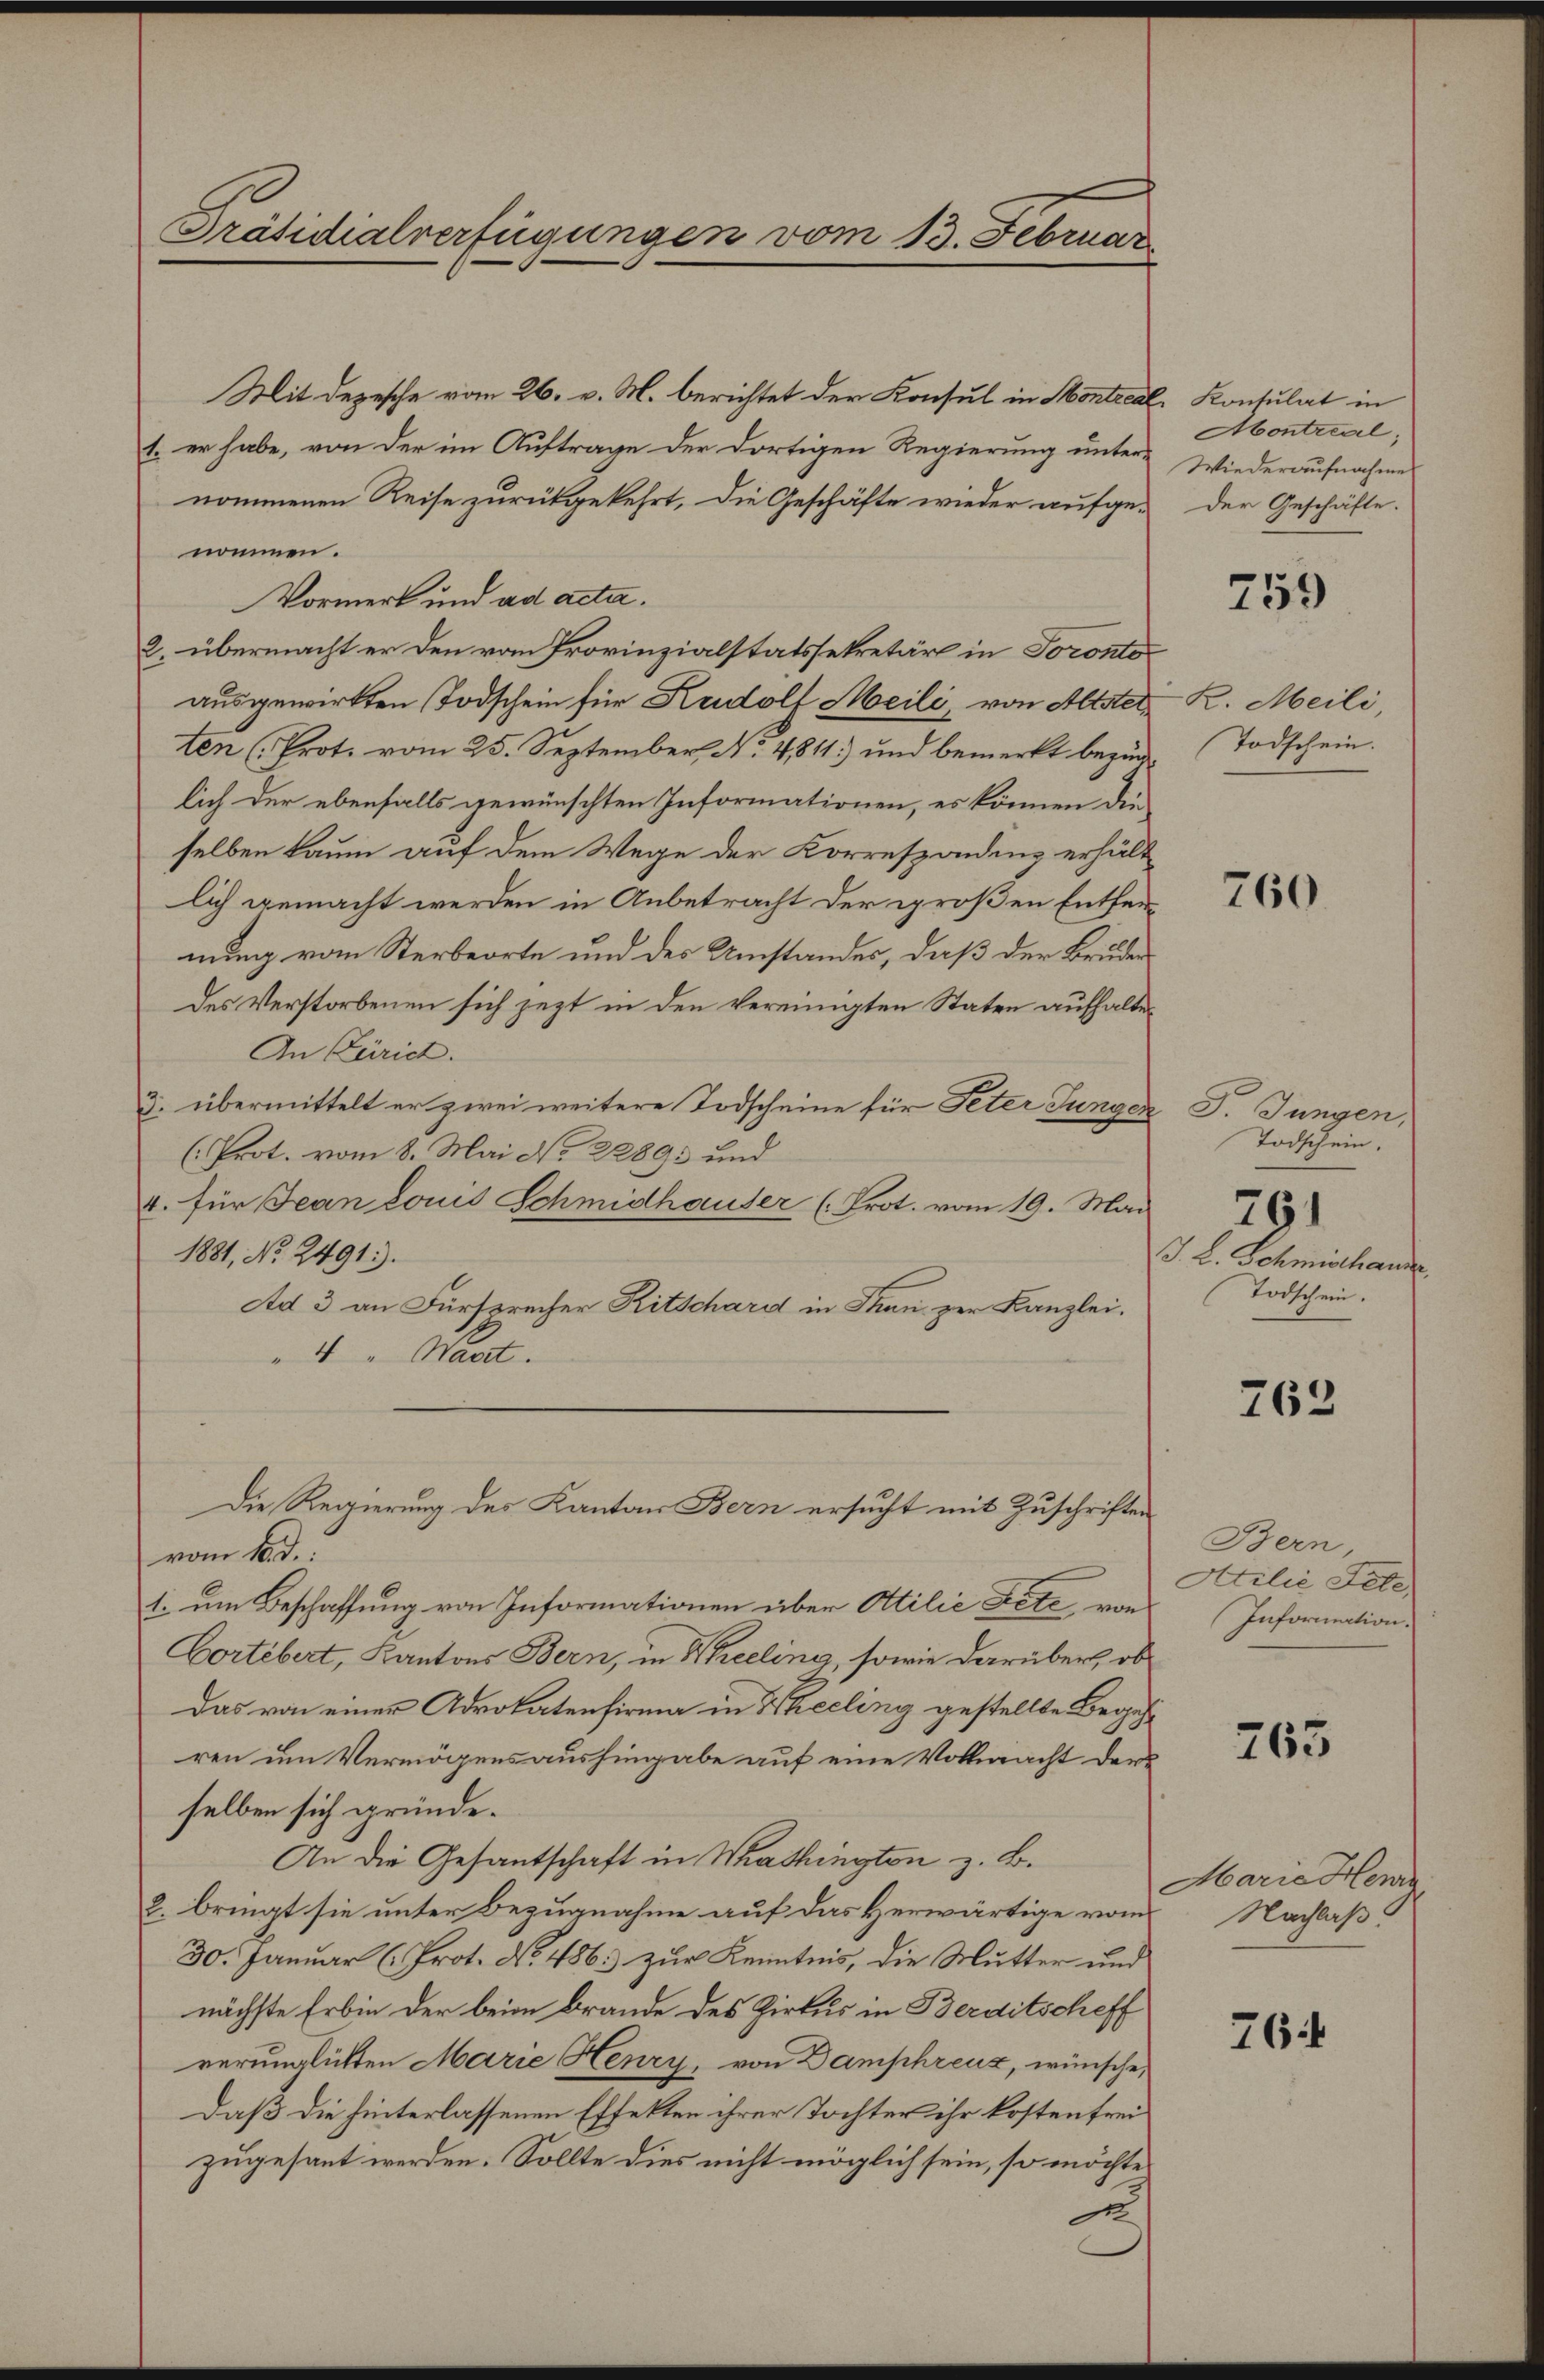
Präsidialverfügungen vom 13. Februar

Mit Depesche vom 26. v. M. berichtet der Konsul in Montreal Konsulat in
1. er habe, von der im Auftrage der dortigen Regierung unter-
nommenen Reise zurückgekehrt, die Geschäfte wieder aufge-
nommen.
Vormerk und ad acta.
2. übermacht er den vom Provinzialstatssekretär in Soronto
ausgewirkten Todschein für Rudolf Meili, von Altstelten (Prot. vom 25. September, No. 4811) und bemerkt bezüg
lich der ebenfalls gewünschten Informationen, es können die
selben kaum auf dem Wege der Korrespondenz erhält
lich gemacht werden in Anbetracht der großen Entfernung vom Sterbeorte und des Umstandes, daß der Bruder
des Verstorbenen sich jezt in den vereinigten Staten aufhalte¬
An Zürich.
3. übermittelt er zwei weitere Todscheine für Peter Jungen
(Prot. vom 8. Mai No 2289 und
4. für Jean Louis Schmidhauser (Prot. vom 19. Mai
1881, No. 2491.
Ad 3 an Fürsprecher Ritschard in Thau zur Kanzlei.
4 " Maert.
Die Regierung des Kanton Bern ersucht mit Zuschriften
vom 16. d.
1. um Beschaffung von Informationen über Attilie Letz von
Cortebert, Kantons Bern, in Kheeling, sowie darüber, ob
Das von einer Advokatenfirma in Heceling gestellte Begehren um Vermögensaushingabe auf eine Vollmacht der
selben sich gründe.
An die Gesantschaft in Washington z. B.
2. bringt sie unter Bezugnahme auf das Herwärtige vom
30. Januar (Prot. No. 486. zur Kenntnis, die Mutter und
nächste Erbin der beim Brande des Zirkus in Berditscheff
rerunglükten Marie Henry, von Damphreux, wünsche,
daß die hinterlassenen Effekten ihrer Tochter ihr kostenfreizugesant werden. Sollte dies nicht möglich sein, so möchte
d

Abontreal;
Wiederaufnahme
der Geschäfte.

759

K. Meili
Todschein.

760

G. Jungen,
Todschein.
J. L. Schmidhause
Todschein.

761

762

Bern,
Atilie Tele
Information.

763

Marie Henr
Nachlaß

764